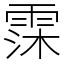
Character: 霂